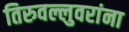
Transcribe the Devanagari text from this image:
तिरुवल्लुवरांना